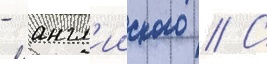
- англ'ииского // С